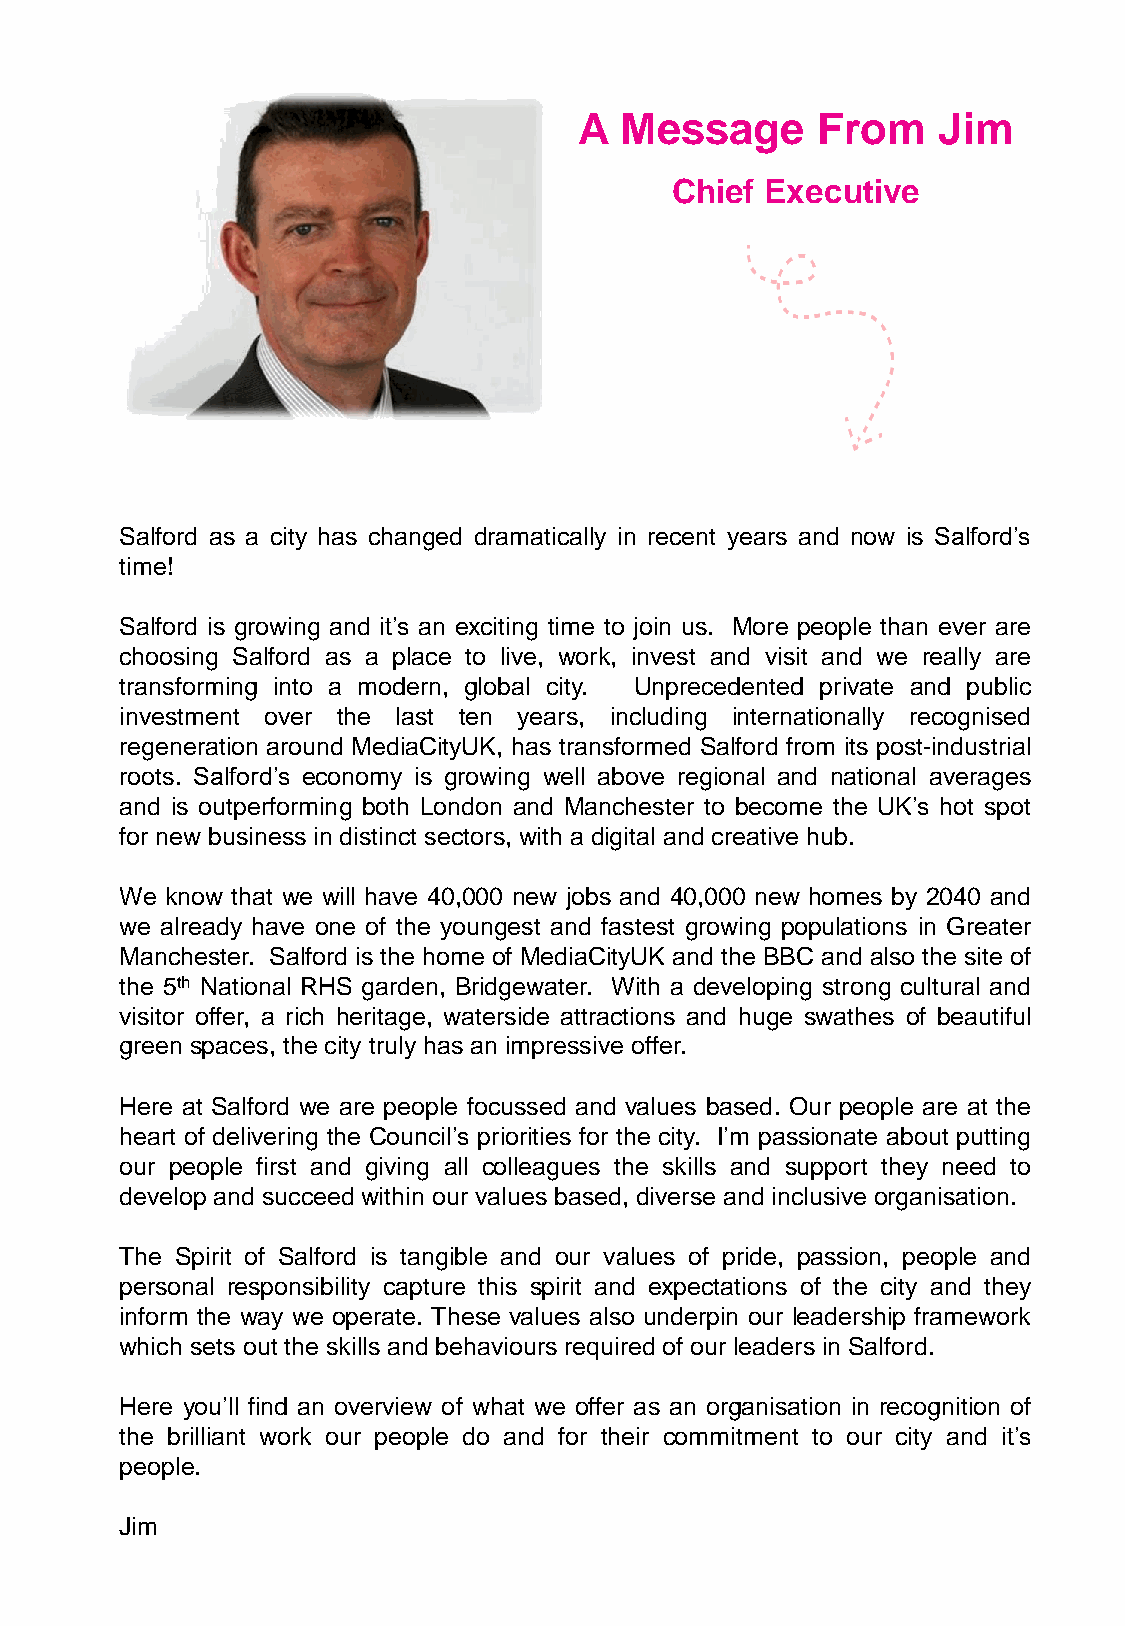
A  Message      From    Jim
 Chief Executive
 Salford as a city has changed dramatically in recent years and now is Salford’s
 time!
 Salford is growing and it’s an exciting time to join us. More people than ever are
 choosing Salford as a place to live, work, invest and visit and we really are
 transforming into a modern, global city. Unprecedented private and public
 investment over the last ten years, including internationally recognised
 regeneration around MediaCityUK, has transformed Salford from its post-industrial
 roots. Salford’s economy is growing well above regional and national averages
 and is outperforming both London and Manchester to become the UK’s hot spot
 for new business in distinct sectors, with a digital and creative hub.
 We know that we will have 40,000 new jobs and 40,000 new homes by 2040 and
 we already have one of the youngest and fastest growing populations in Greater
 Manchester. Salford is the home of MediaCityUK and the BBC and also the site of
 the 5th National RHS garden, Bridgewater. With a developing strong cultural and
 visitor offer, a rich heritage, waterside attractions and huge swathes of beautiful
 green spaces, the city truly has an impressive offer.
 Here at Salford we are people focussed and values based. Our people are at the
 heart of delivering the Council’s priorities for the city. I’m passionate about putting
 our people first and giving all colleagues the skills and support they need to
 develop and succeed within our values based, diverse and inclusive organisation.
 The Spirit of Salford is tangible and our values of pride, passion, people and
 personal responsibility capture this spirit and expectations of the city and they
 inform the way we operate. These values also underpin our leadership framework
 which sets out the skills and behaviours required of our leadersin Salford.
 Here you’ll find an overview of what we offer as an organisation in recognition of
 the brilliant work our people do and for their commitment to our city and it’s
 people.
 Jim